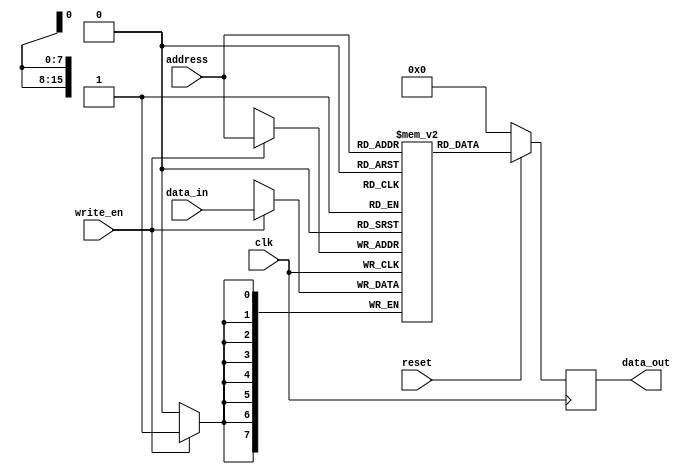
module EPROM(
    input wire clk,           // Clock input for synchronous operation
    input wire reset,         // Reset signal to clear memory contents
    input wire write_en,      // Write enable signal for enabling write operations
    input wire [15:0] address,   // Address input for specifying memory location to read/write
    input wire [7:0] data_in,     // Data input for writing data to memory
    output reg [7:0] data_out     // Data output for reading stored data
);

reg [7:0] memory [0:65535];    // Memory array to store data

// Read operation
always @ (posedge clk) begin
    if (!reset) begin
        data_out <= 8'h00;      // Clear data output on reset
    end else begin
        data_out <= memory[address];
    end
end

// Write operation
always @ (posedge clk) begin
    if (write_en) begin
        memory[address] <= data_in;    // Write data to specified memory location
    end
end

endmodule